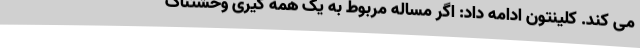
می کند. کلینتون ادامه داد: اگر مساله مربوط به یک همه گیری وحشتناک